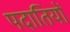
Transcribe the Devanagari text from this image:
पदातियों